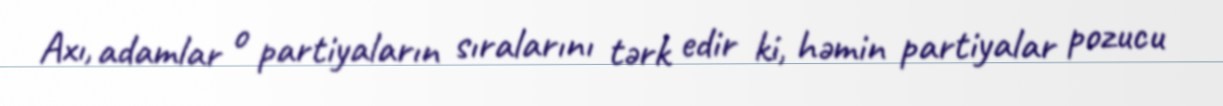
Axı, adamlar o partiyaların sıralarını tərk edir ki, həmin partiyalar pozucu